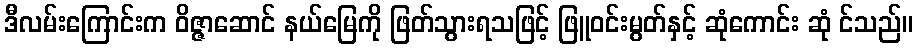
ဒီလမ်းကြောင်းက ဝိဇ္ဇာဆောင် နယ်မြေကို ဖြတ်သွားရသဖြင့် ဖြူဝင်းမွတ်နှင့် ဆုံကောင်း ဆုံ င်သည်။